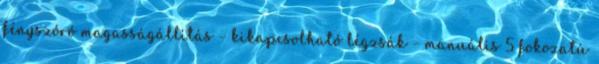
fényszóró magasságállítás – kikapcsolható légzsák – manuális 5 fokozatú